Annual administration report of the Civil Veterinary Department, Sind - 1942-1943
Year: 1942
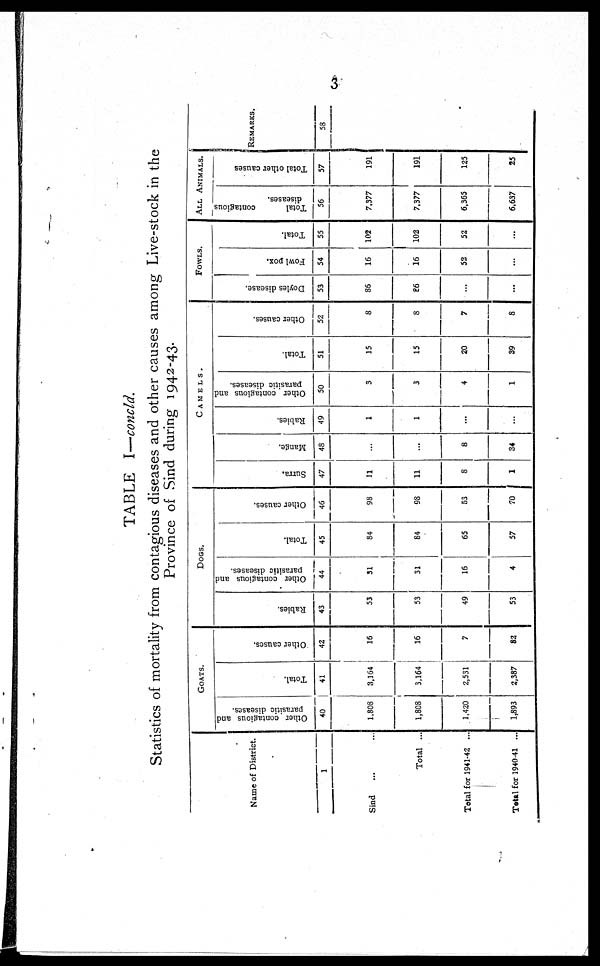
3
TABLE I—concld.
Statistics of mortality from contagious diseases and other causes among Live-stock in the
Province of Sind during 1942-43.
Name of District.
1
Sind ... ...
Total ...
Total for 1941-42 ...
Total for 1940-41 ...
GOATS.
Other contagious and
parasitic diseases.
40
1,808
1,808
1,420
1,893
Total.
41
3,164
3,164
2,531
2,387
Other causes.
42
16
16
7
82
DOGS.
Rabies.
43
53
53
49
53
Other contagious and
parasitic diseases.
44
31
31
16
4
Total.
45
84
84
65
57
Other causes.
46
98
98
53
70
CAMELS.
Surra.
47
11
11
8
1
Mange.
48
...
...
8
34
Rabies.
49
1
1
...
...
Other contagious and
parasitic diseases.
50
3
3
4
1
Total.
51
15
15
20
39
Other causes.
52
8
8
7
8
FLOWS.
Doyles disease.
53
86
86
...
...
Fowl pox.
54
16
16
52
...
Total.
55
102
102
52
...
ALL ANIMALS.
Total
contagious
diseases.
56
7,377
7,377
6,365
6,637
Total other causes
57
191
191
125
25
REMARKS.
58